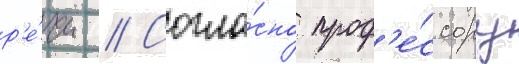
р'е́чи // Согла́сно проф'е́ссору